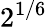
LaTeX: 2^{1/6}